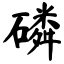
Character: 磷